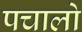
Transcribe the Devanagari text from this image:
पचालो